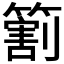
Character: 𬕲